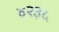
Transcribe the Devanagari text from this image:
४२३५